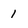
Character: 1